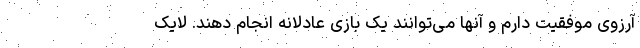
آرزوی موفقیت دارم و آنها می‌توانند یک بازی عادلانه انجام دهند. لایک